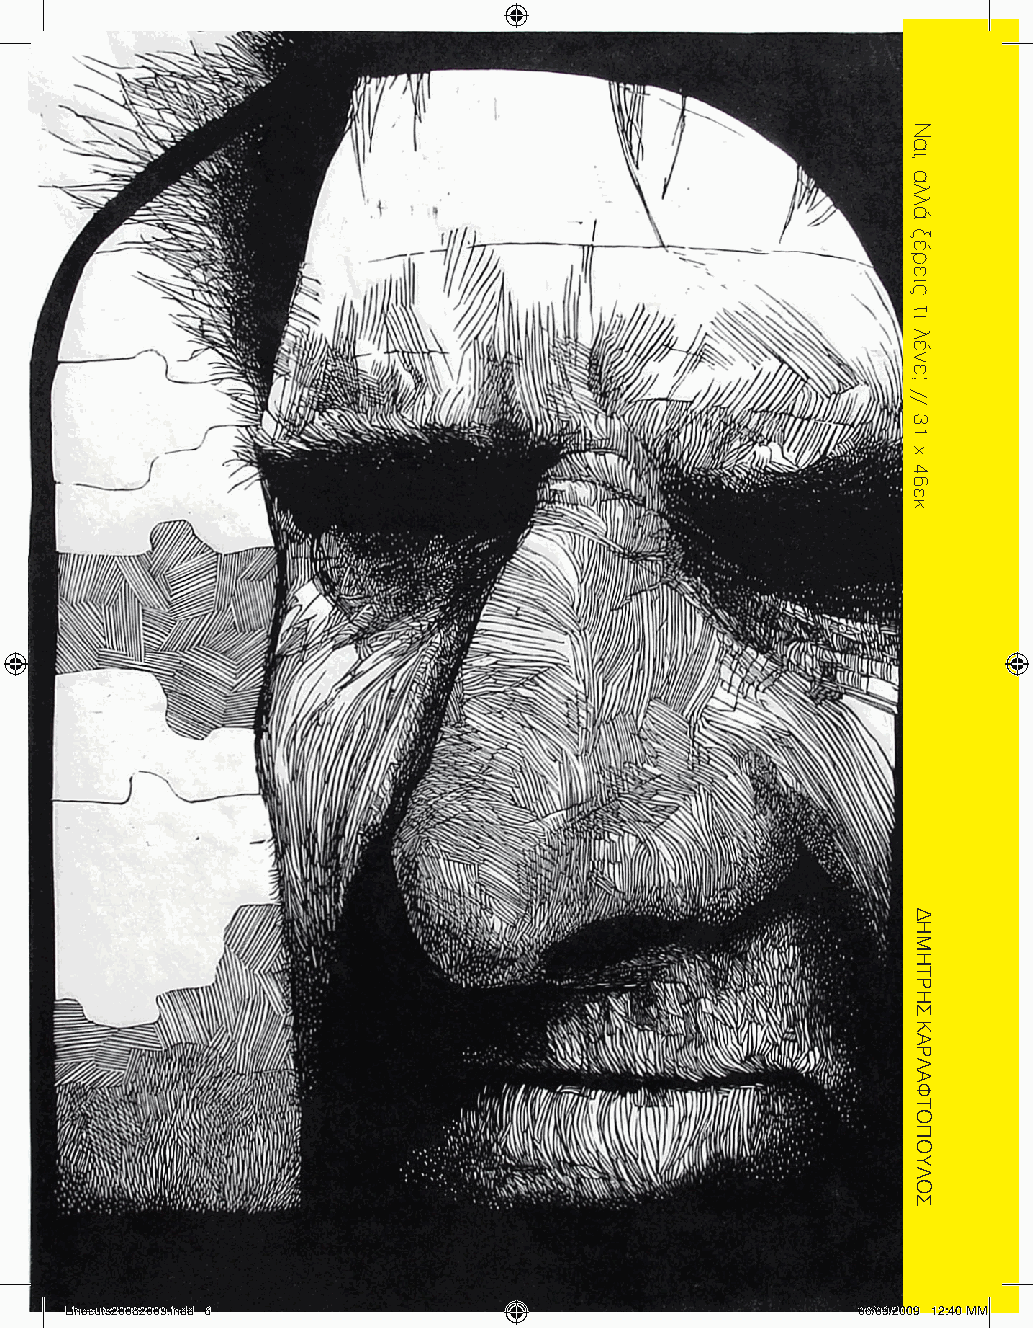
Linocuts20082009.indd 6                              06/09/2009 12:40 ΜΜ
 Ναι,
 αλλά
 ξέρεις
 τι
 λένε;
 //
 31
 x
 46εκ.
 ΔΗΜΗΤΡΗΣ
 ΚΑΡΛΑΦΤΟΠΟΥΛΟΣ